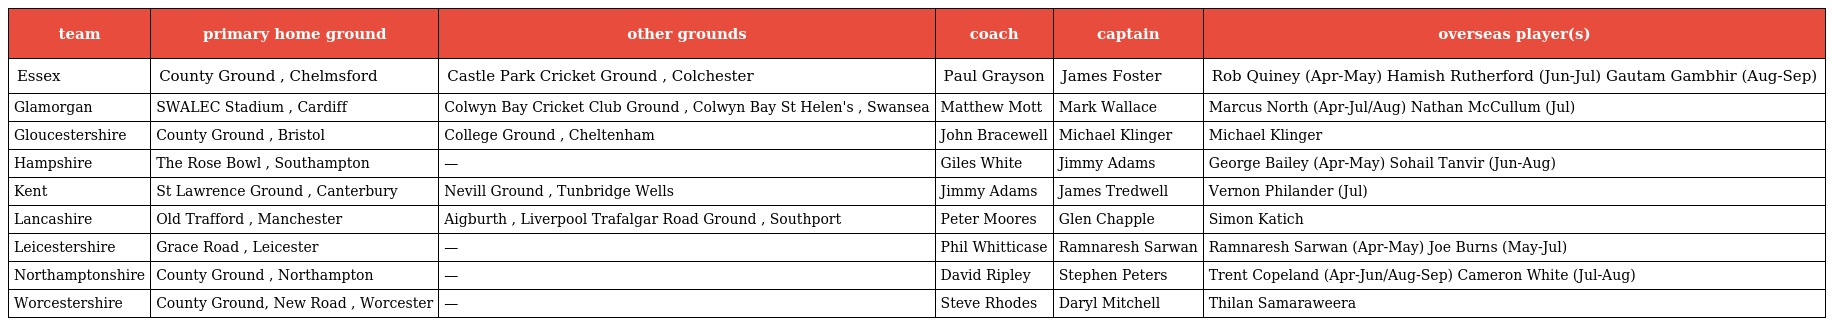
| team | primary home ground | other grounds | coach | captain | overseas player(s) |
 | --- | --- | --- | --- | --- | --- |
 | Essex | County Ground , Chelmsford | Castle Park Cricket Ground , Colchester | Paul Grayson | James Foster | Rob Quiney (Apr-May) Hamish Rutherford (Jun-Jul) Gautam Gambhir (Aug-Sep) |
 | Glamorgan | SWALEC Stadium , Cardiff | Colwyn Bay Cricket Club Ground , Colwyn Bay St Helen's , Swansea | Matthew Mott | Mark Wallace | Marcus North (Apr-Jul/Aug) Nathan McCullum (Jul) |
 | Gloucestershire | County Ground , Bristol | College Ground , Cheltenham | John Bracewell | Michael Klinger | Michael Klinger |
 | Hampshire | The Rose Bowl , Southampton | — | Giles White | Jimmy Adams | George Bailey (Apr-May) Sohail Tanvir (Jun-Aug) |
 | Kent | St Lawrence Ground , Canterbury | Nevill Ground , Tunbridge Wells | Jimmy Adams | James Tredwell | Vernon Philander (Jul) |
 | Lancashire | Old Trafford , Manchester | Aigburth , Liverpool Trafalgar Road Ground , Southport | Peter Moores | Glen Chapple | Simon Katich |
 | Leicestershire | Grace Road , Leicester | — | Phil Whitticase | Ramnaresh Sarwan | Ramnaresh Sarwan (Apr-May) Joe Burns (May-Jul) |
 | Northamptonshire | County Ground , Northampton | — | David Ripley | Stephen Peters | Trent Copeland (Apr-Jun/Aug-Sep) Cameron White (Jul-Aug) |
 | Worcestershire | County Ground, New Road , Worcester | — | Steve Rhodes | Daryl Mitchell | Thilan Samaraweera |